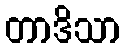
တာဒိသာ